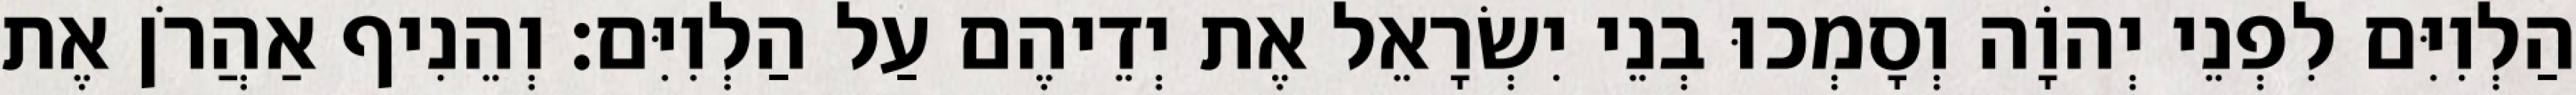
הַלְוִיִּם לִפְנֵי יְהוָֹה וְסָמְכוּ בְנֵי יִשְׂרָאֵל אֶת יְדֵיהֶם עַל הַלְוִיִּם׃ וְהֵנִיף אַהֲרֹן אֶת